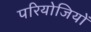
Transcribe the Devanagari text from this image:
परियोजियों